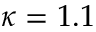
\kappa = 1 . 1